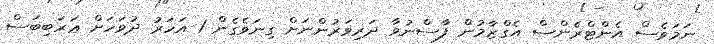
ނަމަވެސް އެންޓްރެންސް އެގްޒާމުން ފާސްނުވާ ދަރިވަރުންނަށް ގިނަވެގެން 1 އަހަރު ދުވަހަށް ޢަރަބިބަސް